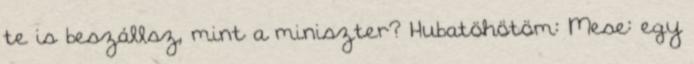
te is beszállsz, mint a miniszter? Hubatöhötöm: Mese: egy